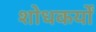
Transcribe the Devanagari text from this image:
शोधकर्यों